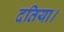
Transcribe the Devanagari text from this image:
दतिया।